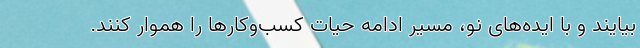
بیایند و با ایده‌های نو، مسیر ادامه حیات کسب‌وکارها را هموار کنند.